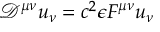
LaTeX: { \mathcal { D } } ^ { \mu \nu } u _ { \nu } = c ^ { 2 } \epsilon F ^ { \mu \nu } u _ { \nu }